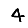
Digit: 4